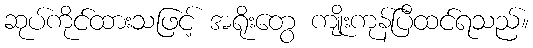
ဆုပ်ကိုင်ထားသဖြင့် အရိုးတွေ ကျိုးကုန်ပြီထင်ရသည်။